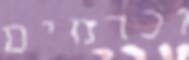
וכרמים